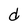
Character: d